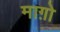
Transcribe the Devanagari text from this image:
माग़ो